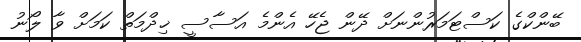
ބޭންކްގެ ކަސްޓަމަރުންނަށް ދޭން ޖެހޭ އެންމެ އަސާސީ ޚިދްމަތް ކަމަށް ވާ ލޯނު